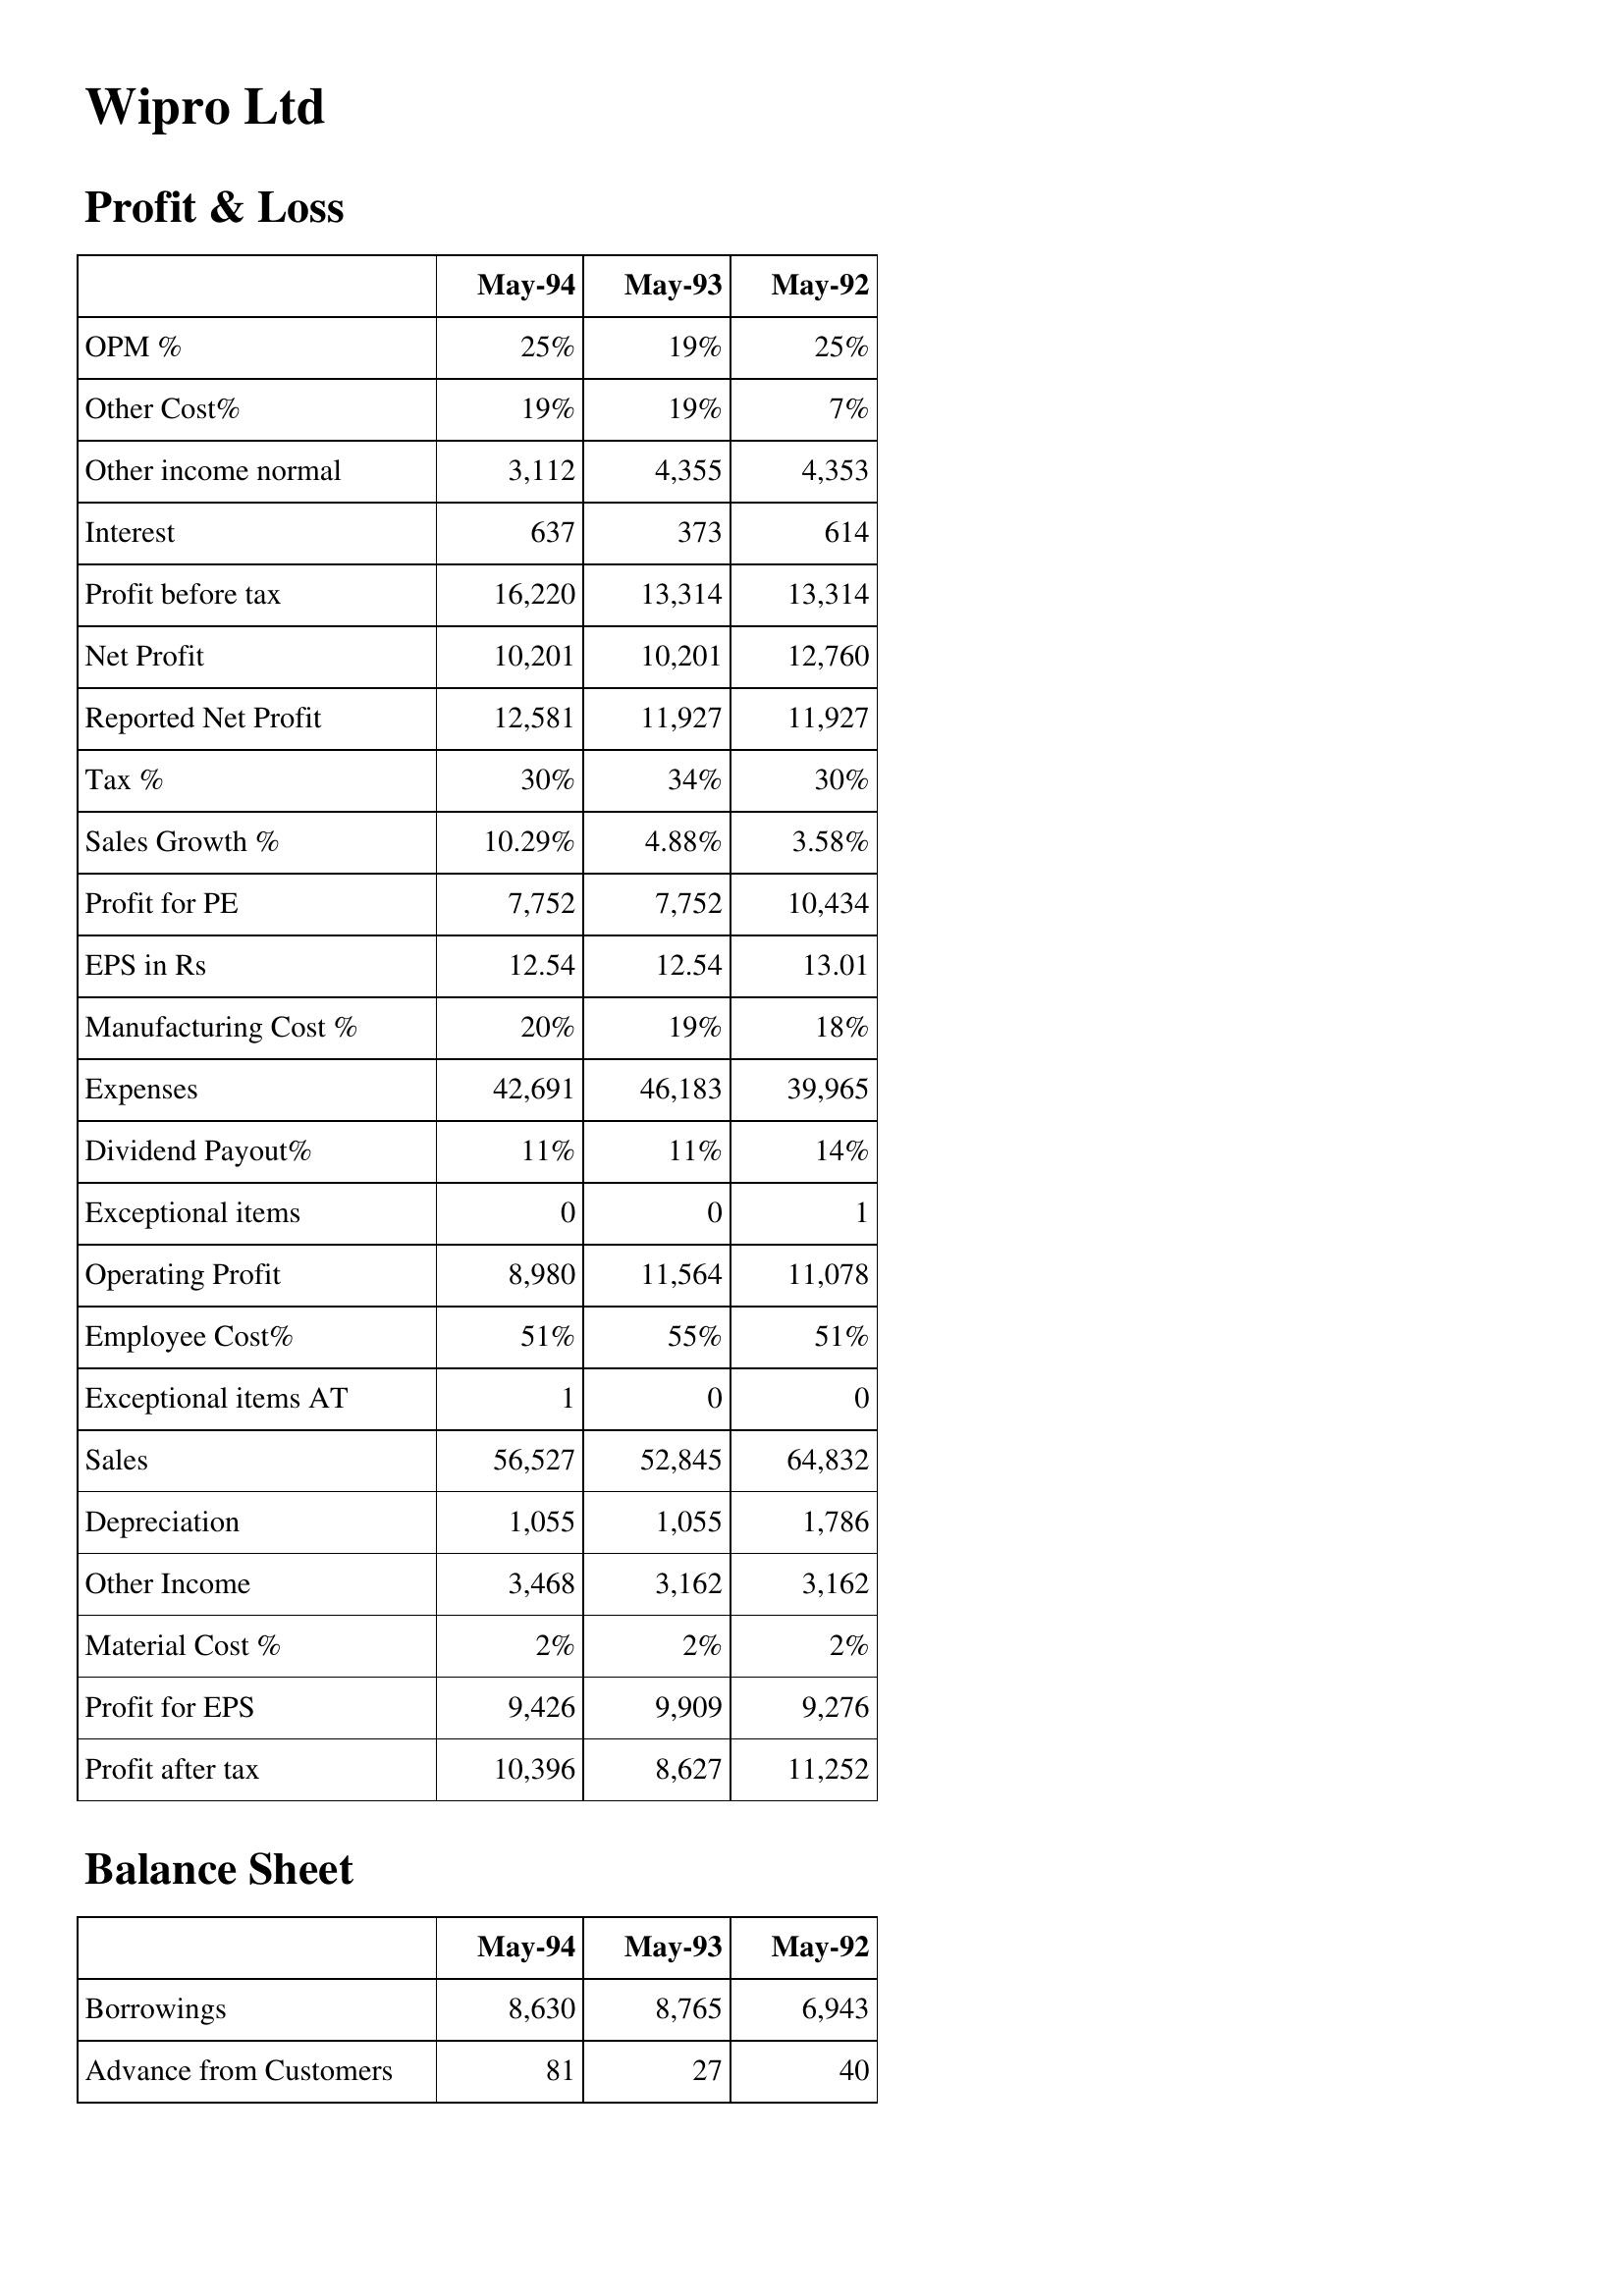
May-94: Profit & Loss: OPM %: 25%
Other Cost%: 19%
Other income normal: 3,112
Interest: 637
Profit before tax: 16,220
Net Profit: 10,201
Reported Net Profit: 12,581
Tax %: 30%
Sales Growth %: 10.29%
Profit for PE: 7,752
EPS in Rs: 12.54
Manufacturing Cost %: 20%
Expenses: 42,691
Dividend Payout%: 11%
Exceptional items: 0
Operating Profit: 8,980
Employee Cost%: 51%
Exceptional items AT: 1
Sales: 56,527
Depreciation: 1,055
Other Income: 3,468
Material Cost %: 2%
Profit for EPS: 9,426
Profit after tax: 10,396
Balance Sheet: Borrowings: 8,630
Advance from Customers: 81
May-93: Profit & Loss: OPM %: 19%
Other Cost%: 19%
Other income normal: 4,355
Interest: 373
Profit before tax: 13,314
Net Profit: 10,201
Reported Net Profit: 11,927
Tax %: 34%
Sales Growth %: 4.88%
Profit for PE: 7,752
EPS in Rs: 12.54
Manufacturing Cost %: 19%
Expenses: 46,183
Dividend Payout%: 11%
Exceptional items: 0
Operating Profit: 11,564
Employee Cost%: 55%
Exceptional items AT: 0
Sales: 52,845
Depreciation: 1,055
Other Income: 3,162
Material Cost %: 2%
Profit for EPS: 9,909
Profit after tax: 8,627
Balance Sheet: Borrowings: 8,765
Advance from Customers: 27
May-92: Profit & Loss: OPM %: 25%
Other Cost%: 7%
Other income normal: 4,353
Interest: 614
Profit before tax: 13,314
Net Profit: 12,760
Reported Net Profit: 11,927
Tax %: 30%
Sales Growth %: 3.58%
Profit for PE: 10,434
EPS in Rs: 13.01
Manufacturing Cost %: 18%
Expenses: 39,965
Dividend Payout%: 14%
Exceptional items: 1
Operating Profit: 11,078
Employee Cost%: 51%
Exceptional items AT: 0
Sales: 64,832
Depreciation: 1,786
Other Income: 3,162
Material Cost %: 2%
Profit for EPS: 9,276
Profit after tax: 11,252
Balance Sheet: Borrowings: 6,943
Advance from Customers: 40